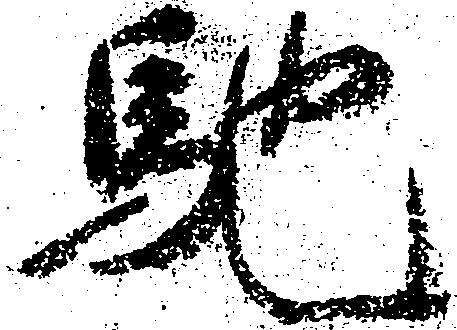
馳